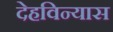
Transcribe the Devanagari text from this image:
देहविन्यास